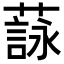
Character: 𦻑